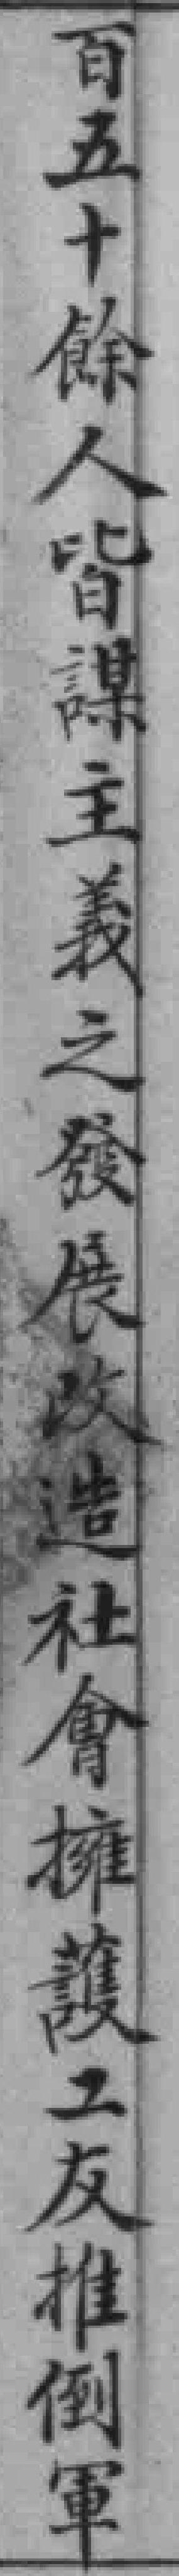
百五十餘人皆謀主義之發展改造社會擁護工友推倒軍